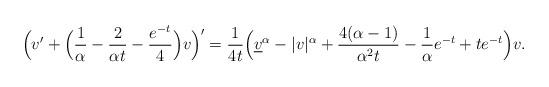
LaTeX: \begin{align*} \Bigl (v' + \Bigl( \frac {1} {\alpha } - \frac {2} {\alpha t} - \frac {e^{-t}} {4} \Bigr)v \Bigr )' = \frac {1} {4t} \Bigr ( \underline{v}^\alpha - |v| ^\alpha + \frac {4(\alpha -1)} {\alpha ^2 t }-\frac {1} {\alpha }e^{-t} + t e^{-t} \Bigl ) v .\end{align*}